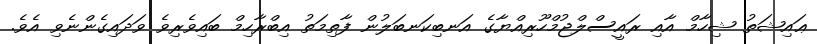
ޢައިޝަތު ޝިހާމް އާއި ރައީސްލްޖުމްހޫރިއްޔާގެ އަނބިކަނބަލުން ފާތިމަތު އިބްރާހިމް ބައިވެރިވެ ވަދައިގެންނެވި އެވެ.